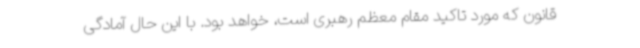
قانون که مورد تاکید مقام معظم رهبری است، خواهد بود. با این حال آمادگی